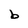
Character: b